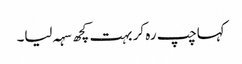
کہاچپ رہ کر بہت کچھ سہہ لیا۔